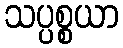
သပ္ပစ္စယာ